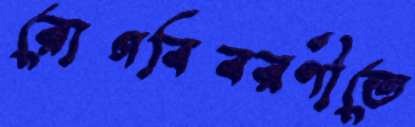
রোগবিবরণীতে